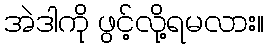
အဲဒါကို ဖွင့်လို့ရမလား။